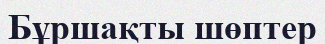
Бұршақты шөптер